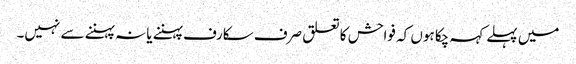
میں پہلے کہہ چکا ہوں کہ فواحش کا تعلق صرف سکارف پہننے یا نہ پہننے سے نہیں۔